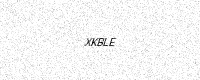
Text: XKBLE